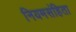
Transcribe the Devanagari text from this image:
नियमसंहिता